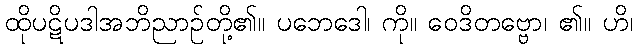
ထိုပဋိပဒါအဘိညာဉ်တို့၏။ ပဘေဒေါ၊ ကို။ ဝေဒိတဗ္ဗော၊ ၏။ ဟိ၊